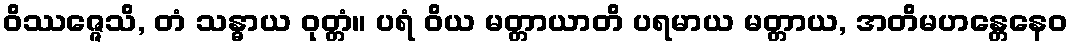
ဝိဿဇ္ဇေသိ, တံ သန္ဓာယ ဝုတ္တံ။ ပရံ ဝိယ မတ္တာယာတိ ပရမာယ မတ္တာယ, အတိမဟန္တေနေဝ